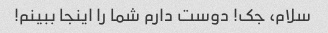
سلام، جک! دوست دارم شما را اینجا ببینم!